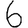
Digit: 6